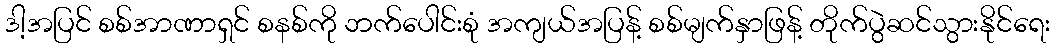
ဒါ့အပြင် စစ်အာဏာရှင် စနစ်ကို ဘက်ပေါင်းစုံ အကျယ်အပြန့် စစ်မျက်နှာဖြန့် တိုက်ပွဲဆင်သွားနိုင်ရေး